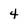
Character: 4